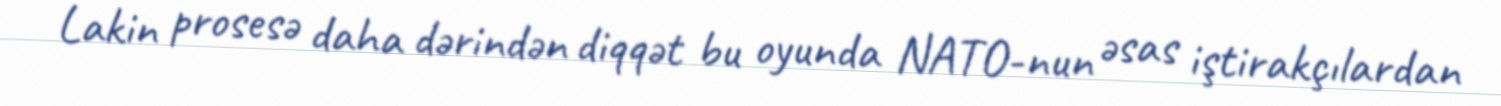
Lakin prosesə daha dərindən diqqət bu oyunda NATO-nun əsas iştirakçılardan